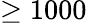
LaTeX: \geq 1000